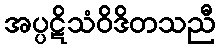
အပ္ပဋိသံဝိဒိတသညီ